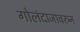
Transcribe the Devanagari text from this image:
गोलंदाजावरुन